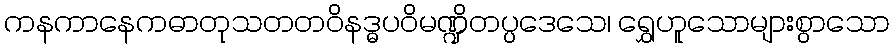
ကနကာနေကဓာတုသတတဝိနဒ္ဓပဝိမဏ္ဍိတပ္ပဒေသေ၊ ရွှေဟူသောများစွာသော